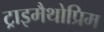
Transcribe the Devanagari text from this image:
ट्राइमैथोप्रिम